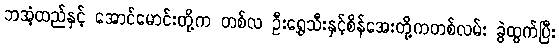
ဘအံ့ထည်နှင့် အောင်မောင်းတို့က တစ်လ ဦးရွှေသီးနှင့်စိန်အေးတို့ကတစ်လမ်း ခွဲထွက်ပြီး